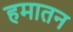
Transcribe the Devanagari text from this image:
हमातन